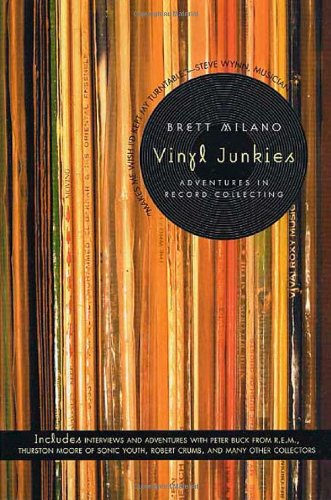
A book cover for Vinyl Junkies: Adventures in Record Collecting; Brett Milano; Crafts, Hobbies & Home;